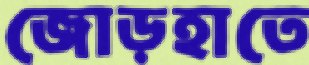
জোড়হাতে